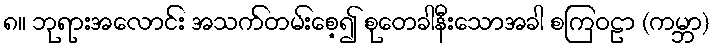
၈။ ဘုရားအလောင်း အသက်တမ်းစေ့၍ စုတေခါနီးသောအခါ စကြဝဠာ (ကမ္ဘာ)